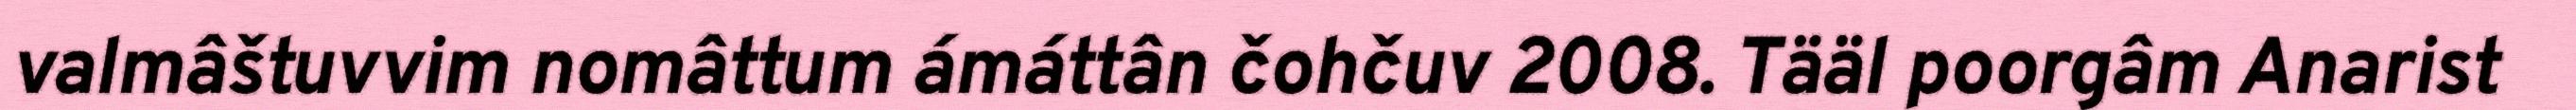
valmâštuvvim nomâttum ámáttân čohčuv 2008. Tääl poorgâm Anarist